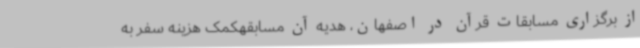
از برگزاری مسابقات قرآن در اصفهان، هدیه آن مسابقهکمک هزینه سفر به